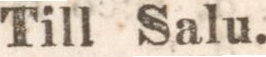
Till Salu.